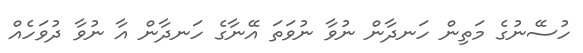
ހުސޭނުގެ މަތިން ހަނދާން ނުވާ ނުވަތަ އޭނާގެ ހަނދާން އާ ނުވާ ދުވަހެއް